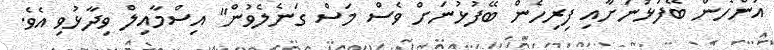
އަންހެން ބޭފުޅުނަށާއި ފިރިހެން ބޭފުޅުނަށް ވެސް މަސް ގަނެލެވުން" އިސްމާއިލް ވިދާޅުވި އެވެ.